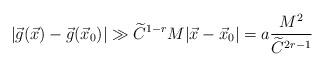
LaTeX: \begin{align*}|\vec{g}(\vec{x})-\vec{g}(\vec{x}_0)|\gg \widetilde{C}^{1-r}M |\vec{x}-\vec{x}_0|=a\frac{M^2}{\widetilde{C}^{2r-1}}\end{align*}